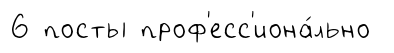
6 посты проф'есс'иона́льно